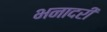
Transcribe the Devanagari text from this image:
भनादरी